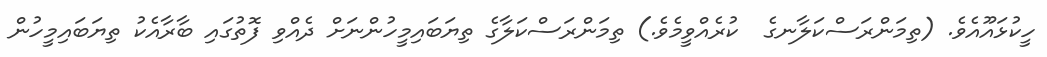
ހީކުޅައޫއެވެ. (ތިމަންރަސްކަލާނގެ  ކުރެއްވީމެވެ.) ތިމަންރަސްކަލާގެ ތިޔަބައިމީހުންނަށް ދެއްވި ފޮތުގައި ބާރާއެކު ތިޔަބައިމީހުން